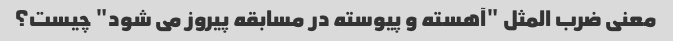
معنی ضرب المثل "آهسته و پیوسته در مسابقه پیروز می شود" چیست؟